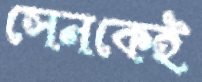
সেনকেই